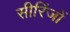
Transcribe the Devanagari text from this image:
सीरिंजों